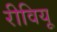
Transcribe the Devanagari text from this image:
रीवियू